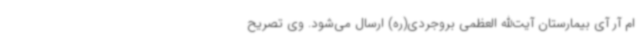
ام آر آی بیمارستان آیت‌الله العظمی بروجردی(ره) ارسال می‌شود. وی تصریح